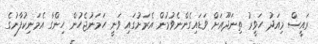
ރައީސް މިއަދު ހަވީރު ތިނަދޫއަށް ވަޑައިގެންނެވުމުން އެރަށުގައި ވަނީ ހަމަނުޖެހުން ހިންގާ އެމަނިކުފާނުގެ